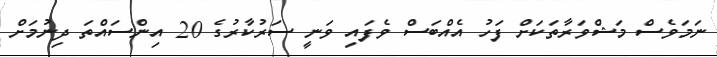
ނަމަވެސް މަޝްވަރާތަކަށް ފަހު އެއްބަސް ވެފައި ވަނީ ސަރުކާރުގެ 20 އިންސައްތަ ދިނުމަށް